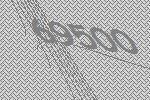
69500